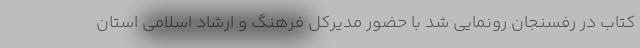
کتاب در رفسنجان رونمایی شد با حضور مدیرکل فرهنگ و ارشاد اسلامی استان